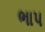
ભાપ